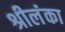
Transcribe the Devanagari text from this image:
श्रीलंंका